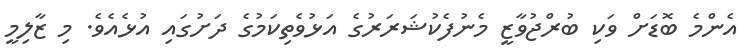
އެންމެ ބޮޑަށް ވަކި ބުރްޖުވާޒީ މެނުފެކުޝަރަރުގެ އަޅުވެތިކަމުގެ ދަށުގައި އުޅެއެވެ. މި ޒާލިމީ